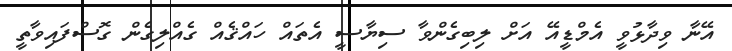
އޭނާ ވިދާޅުވީ އެމްޑީއޭ އަށް ލިބިގެންވާ ސިޔާސީ އެތައް ހައްޤެއް ގެއްލިގެން ގޮސްފައިވާތީ